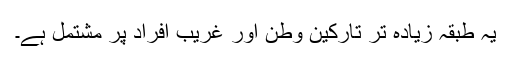
یہ طبقہ زیادہ تر تارکین وطن اور غریب افراد پر مشتمل ہے۔